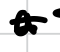
Text: a
Cross-out: mix
Writing tool: digital_black